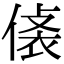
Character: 𧙾